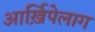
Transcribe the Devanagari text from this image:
आर्ख़िपेलाग